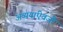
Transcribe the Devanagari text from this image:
अव्ययांऐवजी